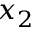
x _ { 2 }